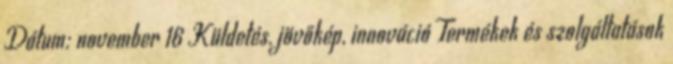
Dátum: november 16 Küldetés, jövőkép, innováció Termékek és szolgáltatások